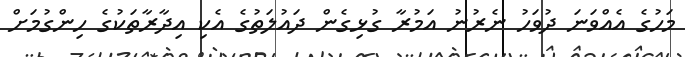
މަހުގެ އެއްވަނަ ދުވަހު ނެރުނު އަމުރާ ގުޅިގެން ދައުލަތުގެ އެކި އިދާރާތަކުގެ ހިންގުމަށް